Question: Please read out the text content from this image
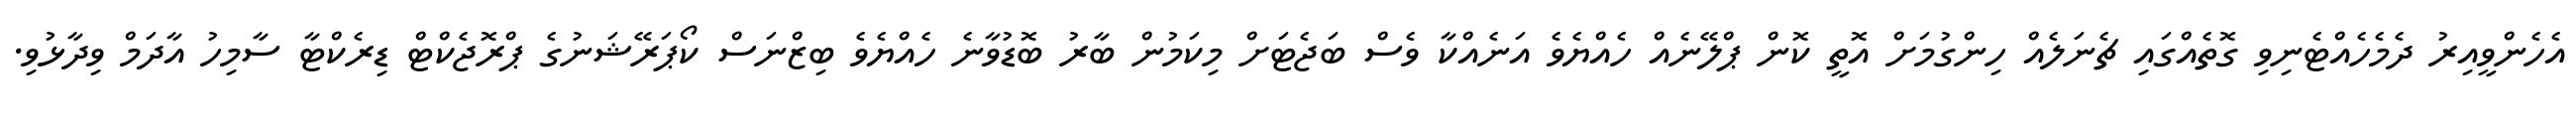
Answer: އެހެންވީއިރު ދެމެހެއްޓެނިވި ގޮތެއްގައި ޗެނަލެއް ހިންގުމަށް އޮތީ ކޮން ޕްލޭނެއް ހެއްޔެވެ އަނެއްކާ ވެސް ބަޖެޓަށް މިކަމުން ބާރު ބޮޑުވާނެ ހެއްޔެވެ ބިޒްނަސް ކޯޕަރޭޝަނުގެ ޕްރޮޖެކްޓް ޑިރެކްޓާ ސާމިހު އާދަމް ވިދާޅުވި.